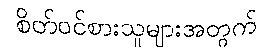
စိတ်ဝင်စားသူများအတွက်